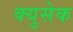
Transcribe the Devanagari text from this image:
क्युसेक